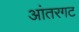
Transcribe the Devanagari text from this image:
आंतरगट